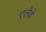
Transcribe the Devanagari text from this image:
एलेवे